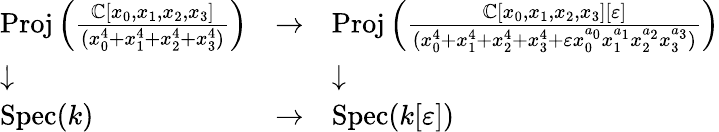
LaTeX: {\begin{array}{lll}{\operatorname{Proj}\left({\frac{\mathbb{C}[x_{0},x_{1},x_{2},x_{3}]}{(x_{0}^{4}+x_{1}^{4}+x_{2}^{4}+x_{3}^{4})}}\right)}&{\to}&{\operatorname{Proj}\left({\frac{\mathbb{C}[x_{0},x_{1},x_{2},x_{3}][\varepsilon]}{(x_{0}^{4}+x_{1}^{4}+x_{2}^{4}+x_{3}^{4}+\varepsilon x_{0}^{a_{0}}x_{1}^{a_{1}}x_{2}^{a_{2}}x_{3}^{a_{3}})}}\right)}\\ {\downarrow}&&{\downarrow}\\ {\operatorname{Spec}(k)}&{\to}&{\operatorname{Spec}(k[\varepsilon])}\end{array}}